Vaccination in Bombay 1924-1928 - 1924-1928
Year: 1924
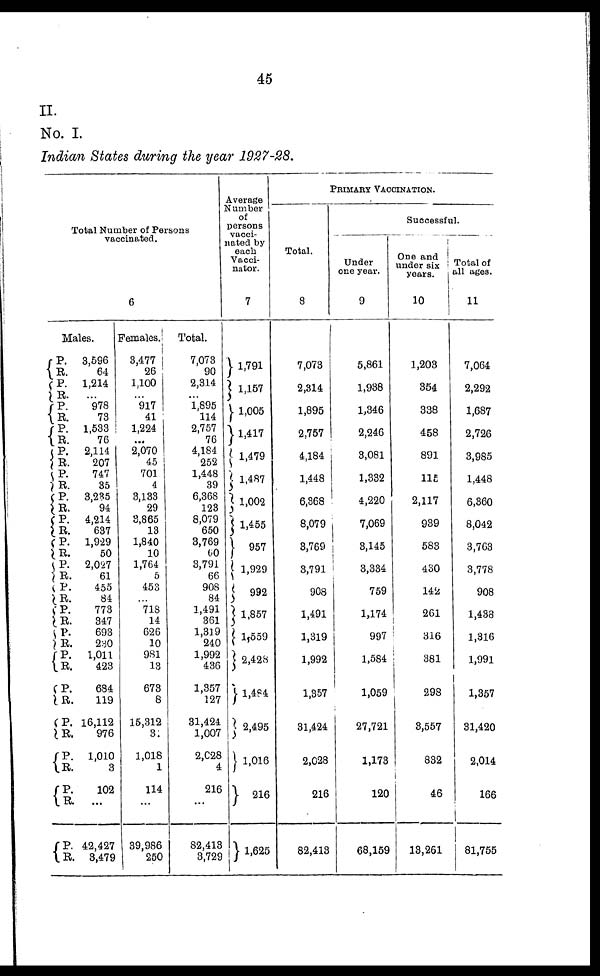
45
II.
No. I.
Indian States during the year 1927-28.
Total Number of Persons
vaccinated.
6
Males.
P.
R.
P.
R.
P.
R.
P.
R.
P.
R.
P.
R. P.
R. P. R.
P.
R. P.
R. P.
R.
P.
R. P.
R.
P.
R.
P.
R.
P.
R.
P.
R.
P.
R.
P.
R.
3,596
64
1,214
... 978
73
1,533
76
2,114
207
747
35
3,235
94
4,214
637
1,929
50
2,027
61
455
84
773
347
693
230
1,011
423
684
119
16,112
976
1,010
3
102
...
42,427
3,479
Females.
3,477
26
11100
...
917
41
1,224
...
2,070
45
701
4
3,133
29
3,865
13
1,840
10
1,764
5
453
...
718
14
626
10
9S1
13
678
8
15,312
31
1,018
1
114
...
39,986
250
Total.
7,073
90
2,314
...
1,895
114
2,757
76
4,184
252
1,448
39
6,368
123
8,079
650
3,769
60
3,791
66
908
84
1,491
361
1,319
240
1,992
436
1,357
127
31,424
1,007
2,028
4
216
...
82,413
3,729
Average
Number
of
persons
vacci-
-ated by
each
Vacci¬
nator.
7
1,791
1,157
1,005
1,417
1,479
1,487
1,002
1,455
957
1,929
992
1,857
1,559
2,428
1,484
2,495
1,016
216
1,625
PRIMARY VACCINATION.
Total.
8
7,073
2,314
1,895
2,757
4,184
1,448
6,368
8,079
3,769
3,791
908
1,491
1,319
1,992
1,357
31,424
2,028
216
82,413
Successful.
Under
one year.
9
5,861
1,938
1,346
2,246
3,081
1,332
4,220
7,069
3,145
3,334
759
1,174
997
1,584
1,059
27,721
1,173
120
68,159
One and
under six
years.
10
1,203
354
338
458
891
115
2,117
939
583
430
142
261
316
381
298
8,557
832
46
13,261
Total of
all ages.
11
7,064
2,292
1,687
2,726
3,985
1,448
6,360
8,042
3,763
3,778
908
1,438
1,316
1,991
1,357
31,420
2,014
166
81,755